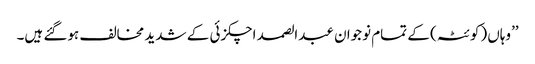
’’وہاں (کوئٹہ) کے تمام نوجوان عبدالصمد اچکزئی کے شدید مخالف ہوگئے ہیں۔